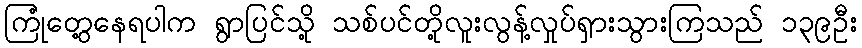
ကြုံတွေ့နေရပါက ရွာပြင်သို့ သစ်ပင်တို့လူးလွန့်လှုပ်ရှားသွားကြသည် ၁၃၉ဦး